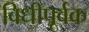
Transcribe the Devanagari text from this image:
विधीपूर्वक